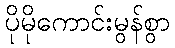
ပိုမိုကောင်းမွန်စွာ